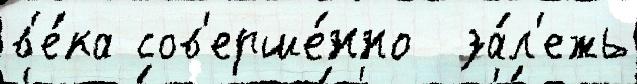
в'е́ка сов'ерше́нно  за́л'ежь